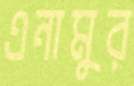
এনামুর